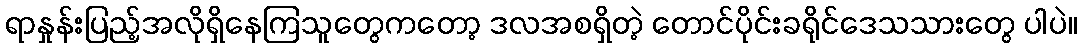
ရာနှုန်းပြည့်အလိုရှိနေကြသူတွေကတော့ ဒလအစရှိတဲ့ တောင်ပိုင်းခရိုင်ဒေသသားတွေ ပါပဲ။